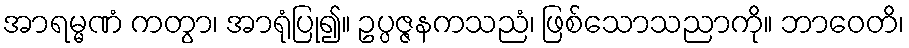
အာရမ္မဏံ ကတွာ၊ အာရုံပြု၍။ ဥပ္ပဇ္ဇနကသညံ၊ ဖြစ်သောသညာကို။ ဘာဝေတိ၊